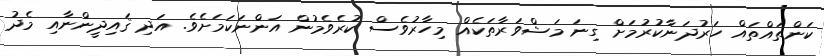
ކަންތައްތައް ހަރުދަނާކުރުމަށް ގިނަ މަޝްވަރާތަކެއް މިހާރުވެސް ކުރެވެމުން އަންނަކަމަށެވެ. އަދި ޤައިދީންނާއި މެދު